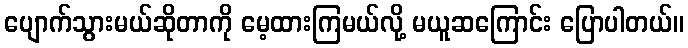
ပျောက်သွားမယ်ဆိုတာကို မေ့ထားကြမယ်လို့ မယူဆကြောင်း ပြောပါတယ်။